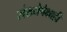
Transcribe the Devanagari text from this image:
संख्येपेक्षाही